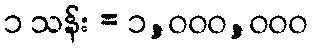
၁ သန်း = ၁,၀၀၀,၀၀၀